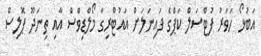
އަބުޅޯ ހަވަރު ފުޓްސަލް ކަޕްގެ ފައިނަލަށް އައުޓްރިގާ މޯލްޑިވްސް އާއި ތިނަދޫ ޕޮލިސް